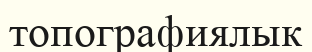
топографиялык